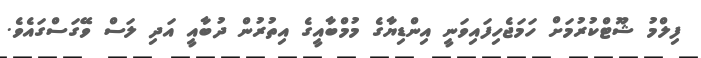
ފިލްމު ޝޫޓްކުރުމަށް ހަމަޖެހިފައިވަނީ އިންޑިޔާގެ މުމްބާއީގެ އިތުރުން ދުބާއީ އަދި ލަސް ވޭގަސްގައެވެ.